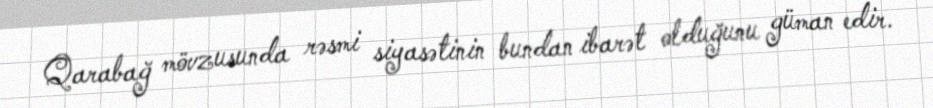
Qarabağ mövzusunda rəsmi siyasətinin bundan ibarət olduğunu güman edir.